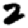
Digit: 2